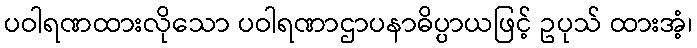
ပဝါရဏထားလိုသော ပဝါရဏာဌာပနာဓိပ္ပာယဖြင့် ဥပုသ် ထားအံ့၊